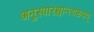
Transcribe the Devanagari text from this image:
अनुस्वारश्चान्त्यरूपम्